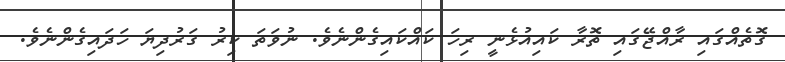
ގޮތެއްގައި ރާއްޖޭގައި ތޮރާ ކައިއުޅެނީ ރިހަ ކައްކައިގެންނެވެ. ނުވަތަ ކިރު ގަރުދިޔަ ހަދައިގެންނެވެ.